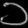
Digit: ၁